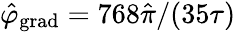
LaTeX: \hat{\varphi}_{\mathrm{grad}}=768\hat{\pi}/(35\tau)